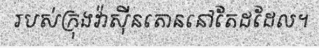
របស់ក្រុងវ៉ាស៊ីនតោននៅតែដដែល។